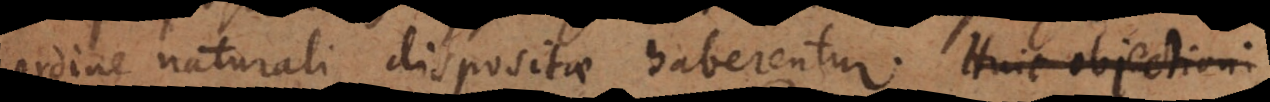
ordine naturali dispositae haberentur. Huic objectioni